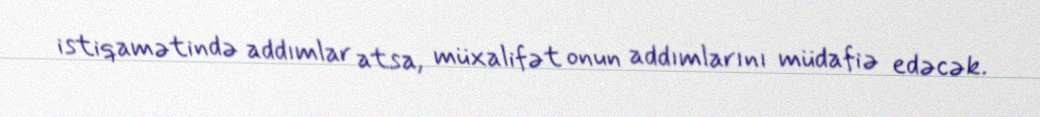
istiqamətində addımlar atsa, müxalifət onun addımlarını müdafiə edəcək.